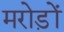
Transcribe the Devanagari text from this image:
मरोड़ों